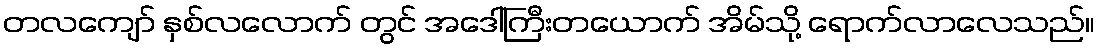
တလကျော် နှစ်လလောက် တွင် အဒေါ်ကြီးတယောက် အိမ်သို့ ရောက်လာလေသည်။